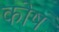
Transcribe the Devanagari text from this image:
कोषं